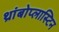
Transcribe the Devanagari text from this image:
थ्रांबोप्लास्टिन